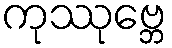
ကုဿုဗ္ဘေ